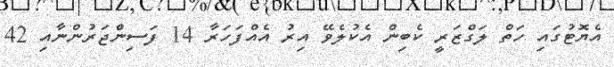
އެޔޮޓުގައި ހަތް ލަގްޒަރީ ކެބިން އެކުލެވޭ އިރު އެއްފަހަރާ 14 ފަސިންޖަރުންނާއި 42